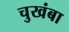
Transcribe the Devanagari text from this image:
चुखंबा